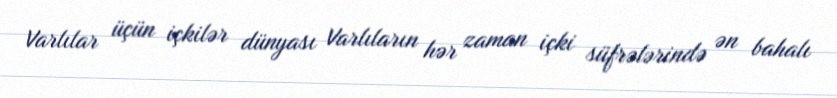
Varlılar üçün içkilər dünyası Varlıların hər zaman içki süfrələrində ən bahalı